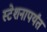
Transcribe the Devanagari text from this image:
स्टेशनापर्यंत